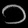
Digit: ၁